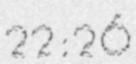
22:26